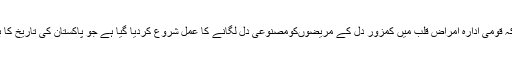
انھوں نے بتایا کہ قومی ادارہ امراض قلب میں کمزور دل کے مریضوںکومصنوعی دل لگانے کا عمل شروع کردیا گیا ہے جو پاکستان کی تاریخ کا بڑا کارنامہ ہے۔